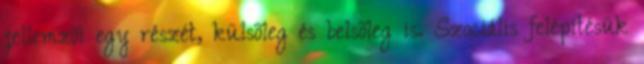
jellemzõi egy részét, külsõleg és belsõleg is. Szociális felépítésük